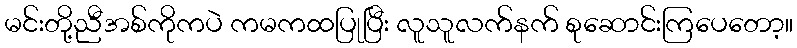
မင်းတို့ညီအစ်ကိုကပဲ ကမကထပြုပြီး လူသူလက်နက် စုဆောင်းကြပေတော့။